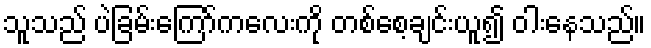
သူသည် ပဲခြမ်းကြော်ကလေးကို တစ်စေ့ချင်းယူ၍ ဝါးနေသည်။